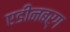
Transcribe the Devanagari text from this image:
एडीनबर्ग